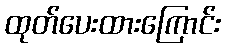
ထုတ်ပေးထားကြောင်း